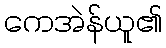
ကေအဲန်ယူ၏